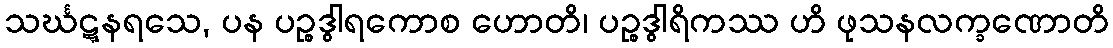
သင်္ဃဋ္ဋနရသေ, ပန ပဉ္စဒွါရကောစ ဟောတိ၊ ပဉ္စဒွါရိကဿ ဟိ ဖုသနလက္ခဏောတိ